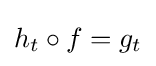
h_{t}\circ f=g_{t}